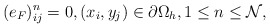
\begin{align*} (e_F)_{ij}^{n}=0,(x_i,y_j)\in\partial\Omega_{h},1\leq n\leq \mathcal{N}, \end{align*}